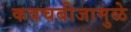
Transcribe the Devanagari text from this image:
कवचबीजामुळे